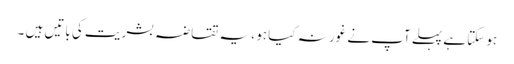
ہو سکتا ہے پہلے آپ نے غور نہ کیا ہو ، یہ تقاضہ بشریت کی باتیں ہیں ۔